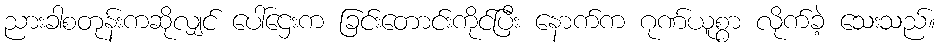
ညားခါစတုန်းကဆိုလျှင် ပေါ်ဌေးက ခြင်းတောင်းကိုင်ပြီး နောက်က ဂုဏ်ယူစွာ လိုက်ခဲ့ သေးသည်။